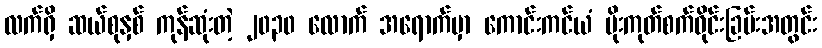
လက်ရှိ ဆယ်စုနှစ် ကုန်ဆုံးတဲ့ ၂၀၃၀ လောက် အရောက်မှာ ကောင်းကင်ယံ မိုးကုတ်စက်ဝိုင်းခြမ်းအတွင်း